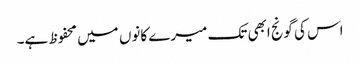
اس کی گونج ابھی تک میرے کانوں میں محفوظ ہے۔